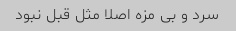
سرد و بی مزه اصلا مثل قبل نبود